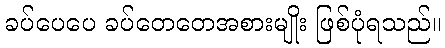
ခပ်ပေပေ ခပ်တေတေအစားမျိုး ဖြစ်ပုံရသည်။